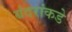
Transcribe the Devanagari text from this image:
बंदरांकडे